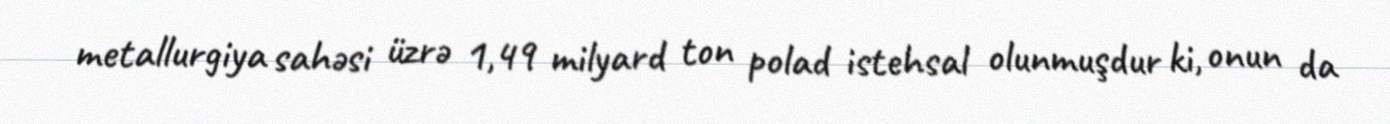
metallurgiya sahəsi üzrə 1,49 milyard ton polad istehsal olunmuşdur ki, onun da